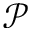
\mathcal { P }